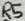
Text: D3